Indian journal of veterinary science and animal husbandry - Volume 4,
Year: 1934
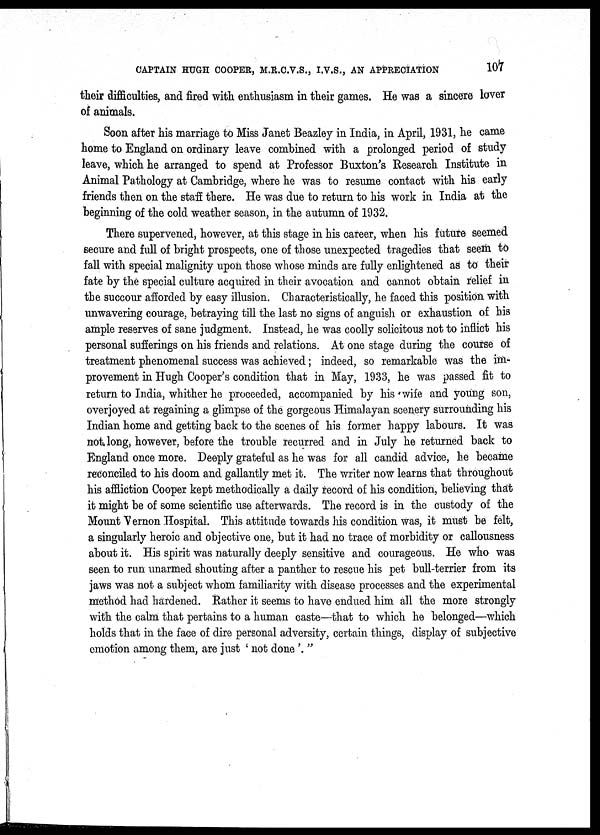
CAPTAIN HUGH COOPER, M.R.C.V.S., I.V.S., AN APPRECIATION
107
their difficulties, and fired with, enthusiasm in their games. He was a sincere lover
of animals.
Soon after his marriage to Miss Janet Beazley in India, in April, 1931, he came
home to England on ordinary leave combined with a prolonged period of study
leave, which he arranged to spend at Professor Buxton's Research Institute in
Animal Pathology at Cambridge, where he was to resume contact with his early
friends then on the staff there. He was due to return to his work in India at the
beginning of the cold weather season, in the autumn of 1932.
There supervened, however, at this stage in his career, when his future seemed
secure and full of bright prospects, one of those unexpected tragedies that seem to
fall with special malignity upon those whose minds are fully enlightened as to their
fate by the special culture acquired in their avocation and cannot obtain relief in
the succour afforded by easy illusion. Characteristically, he faced this position with
unwavering courage, betraying till the last no signs of anguish or exhaustion of his
ample reserves of sane judgment. Instead, he was coolly solicitous not to inflict his
personal sufferings on his friends and relations. At one stage during the course of
treatment phenomenal success was achieved; indeed, so remarkable was the im-
provement in Hugh Cooper's condition that in May, 1933, he was passed fit to
return to India, whither he proceeded, accompanied by his wife and young son,
overjoyed at regaining a glimpse of the gorgeous Himalayan scenery surrounding his
Indian home and getting back to the scenes of his former happy labours. It was
not long, however, before the trouble recurred and in July he returned back to
England once more. Deeply grateful as he was for all candid advice, he became
reconciled to his doom and gallantly met it. The writer now learns that throughout
his affliction Cooper kept methodically a daily record of his condition, believing that
it might be of some scientific use afterwards. The record is in the custody of the
Mount Vernon Hospital. This attitude towards his condition was, it must be felt,
a singularly heroic and objective one, but it had no trace of morbidity or callousness
about it. His spirit was naturally deeply sensitive and courageous. He who was
seen to run unarmed shouting after a panther to rescue his pet bull-terrier from its
jaws was not a subject whom familiarity with disease processes and the experimental
method had hardened. Rather it seems to have endued him all the more strongly
with the calm that pertains to a human caste—that to which he belonged—which
holds that in the face of dire personal adversity, certain things, display of subjective
emotion among them, are just ' not done'. "